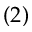
( 2 )